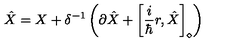
\hat { X } = X + \delta ^ { - 1 } \left( \partial \hat { X } + \left[ \frac { i } { \hbar } r , \hat { X } \right] _ { \diamond } \right)